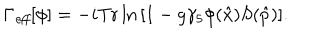
\Gamma _ { \mathit { e f f } } [ \phi ] = - i \mathrm { T r } \ln { \left[ 1 - g \gamma _ { 5 } \phi ( \hat { x } ) S ( \hat { p } ) \right] } .